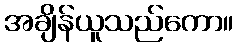
အချိန်ယူသည်ကော။